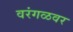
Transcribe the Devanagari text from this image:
वरंगळवर